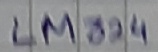
Text: LM324